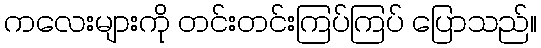
ကလေးများကို တင်းတင်းကြပ်ကြပ် ပြောသည်။